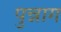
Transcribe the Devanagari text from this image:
पुन्नाग